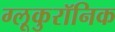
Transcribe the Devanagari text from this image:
ग्लूकुरॉनिक